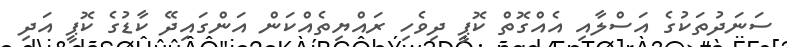
ސަނަދުތަކުގެ އަސްލާއި އެއްގޮތް ކޮޕީ ދިވެހި ރައްޔިތެއްކަން އަންގައިދޭ ކާޑުގެ ކޮޕީ އަދި